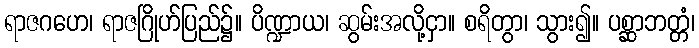
ရာဇဂဟေ၊ ရာဇဂြိုဟ်ပြည်၌။ ပိဏ္ဍာယ၊ ဆွမ်းအလို့ငှာ။ စရိတွာ၊ သွား၍။ ပစ္ဆာဘတ္တံ၊